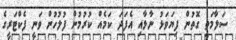
ސަލާމަތީ ގޮތުން ފިޔަވަޅު ނާޅާއި އެފަދަ ކަމެއް ކުރުމުން ފުލުހުން ވަނީ ފެކްޓަރީގެ